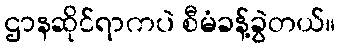
ဌာနဆိုင်ရာကပဲ စီမံခန့်ခွဲတယ်။